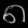
Digit: ၈